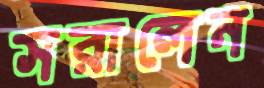
সরালেন